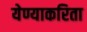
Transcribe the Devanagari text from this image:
येण्याकरिता